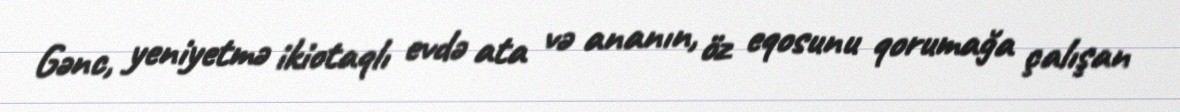
Gənc, yeniyetmə ikiotaqlı evdə ata və ananın, öz eqosunu qorumağa çalışan